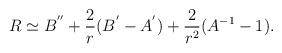
LaTeX: \begin{align*}R\simeq B^{''}+\frac{2}{r}(B^{'}-A^{'})+\frac{2}{r^2}(A^{-1}-1).\end{align*}